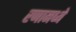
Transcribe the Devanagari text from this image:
रणामध्ये